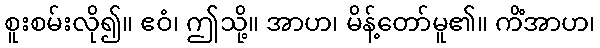
စူးစမ်းလို၍။ ဧဝံ၊ ဤသို့။ အာဟ၊ မိန့်တော်မူ၏။ ကိံအာဟ၊